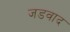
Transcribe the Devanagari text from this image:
जडवाद